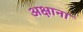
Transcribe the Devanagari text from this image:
अक्षाना